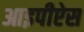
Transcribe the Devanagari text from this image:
आइपीऐस